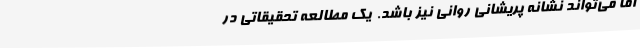
اما می‌تواند نشانه پریشانی روانی نیز باشد.  یک مطالعه تحقیقاتی در